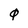
Character: 0